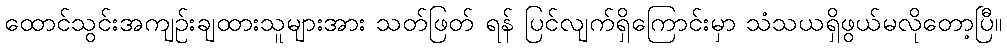
ထောင်သွင်းအကျဉ်းချထားသူများအား သတ်ဖြတ် ရန် ပြင်လျက်ရှိကြောင်းမှာ သံသယရှိဖွယ်မလိုတော့ပြီ။